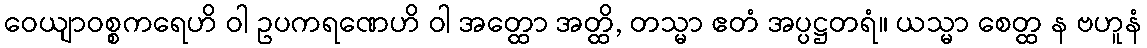
ဝေယျာဝစ္စကရေဟိ ဝါ ဥပကရဏေဟိ ဝါ အတ္ထော အတ္ထိ, တသ္မာ ဧတံ အပ္ပဋ္ဌတရံ။ ယသ္မာ စေတ္ထ န ဗဟူနံ